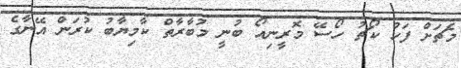
މެޗަށް ފަހު ކޯޗު ހޯސޭ މޮރީނިއޯ ބުނީ މުބާރާތް ކާމިޔާބު ކުރަން އޭނާގެ